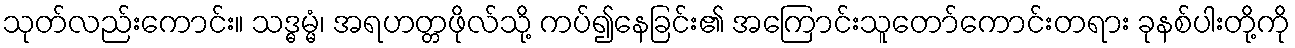
သုတ်လည်းကောင်း။ သဒ္ဓမ္မံ၊ အရဟတ္တဖိုလ်သို့ ကပ်၍နေခြင်း၏ အကြောင်းသူတော်ကောင်းတရား ခုနစ်ပါးတို့ကို